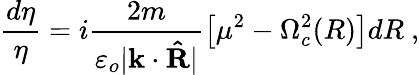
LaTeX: \frac{d\eta}{\eta}=i\frac{2m}{\varepsilon_{o}\vert\mathbf k\cdot\mathbf{\hat{R}}\vert}\left[\mu^{2}-\Omega_{c}^{2}(R)\right]dR\ ,